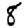
Digit: 8